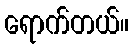
ရောက်တယ်။